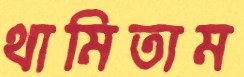
থামিতাম